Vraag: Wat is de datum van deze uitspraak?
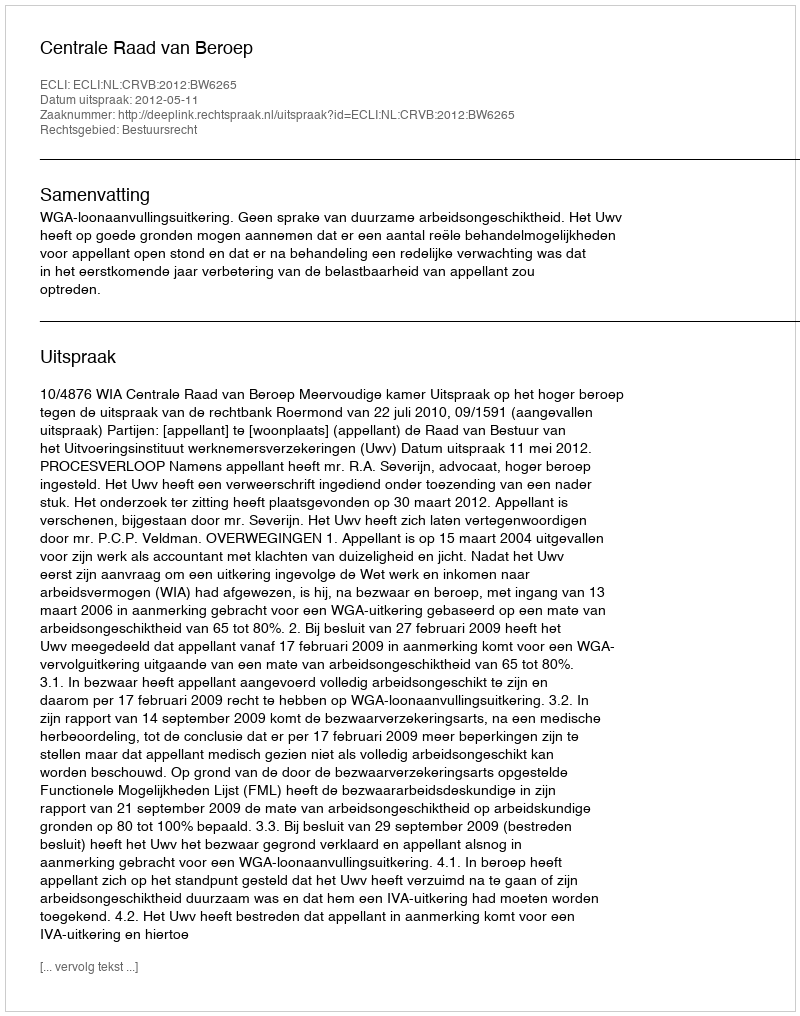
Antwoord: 2012-05-11